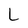
Character: L